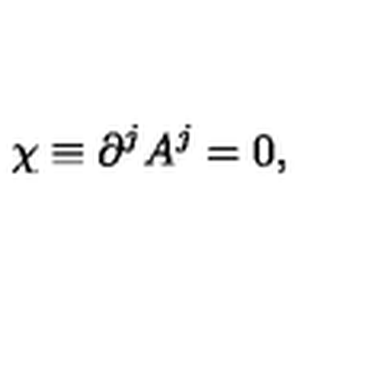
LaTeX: \chi \equiv \partial ^ { j } A ^ { j } = 0 ,